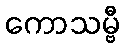
ကောသမ္ဗီ